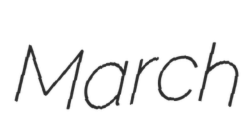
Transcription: March